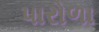
પારોળા